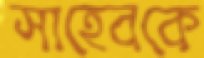
সাহেবকে